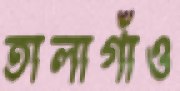
তালাগাঁও